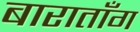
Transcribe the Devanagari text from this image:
बाराताँग